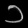
Digit: ၁